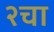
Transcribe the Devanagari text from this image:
२चा